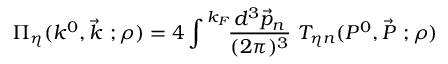
\Pi _ { \eta } ( k ^ { 0 } , \vec { k } ~ ; \rho ) = 4 \int ^ { \, k _ { F } } \! \! \frac { d ^ { 3 } \vec { p } _ { n } } { ( 2 \pi ) ^ { 3 } } ~ T _ { \eta n } ( P ^ { 0 } , \vec { P } ~ ; \rho )